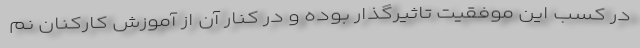
در كسب اين موفقيت تاثيرگذار بوده و در كنار آن از آموزش كاركنان نم